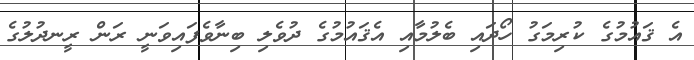
އެ ޤައުމުގެ ކުރިމަގު ހޯދައި ބެލުމާއި އެޤައުމުގެ ދުވެލި ބިނާވެފައިވަނީ ރަން ރީނދުލުގެ